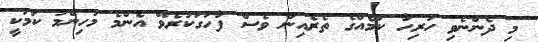
މި ދެންނެވި ހުރިހާ ކަމެއްގެ ތެރެއިން ވެސް ފާހަގަކުރެވޭ އެންމެ މުހިންމު ކަމަކީ